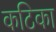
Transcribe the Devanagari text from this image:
कटिका